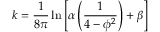
k = \frac { 1 } { 8 \pi } \ln { \left[ \alpha \left( \frac { 1 } { 4 - \phi ^ { 2 } } \right) + \beta \right] }